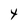
Character: t